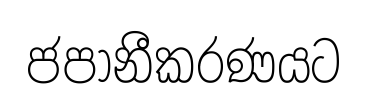
ජපානීකරණයට